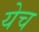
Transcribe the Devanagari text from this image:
येच